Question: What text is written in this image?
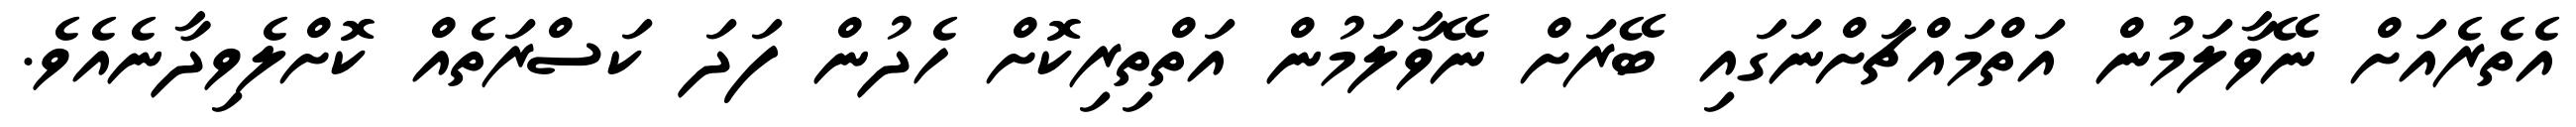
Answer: އެތެރެއަށް ނޭވާލަމުން އަތްމައްޗަށްނަގައި ބޭރަށް ނޭވާލަމުން އަތްތިރިކޮށް ހެދުން ފަދަ ކަސްރަތެއް ކޮށްލެވިދާނެއެވެ.